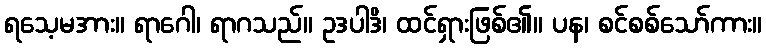
ရသေ့မအား။ ရာဂေါ၊ ရာဂသည်။ ဥဒပါဒိ၊ ထင်ရှားဖြစ်၏။ ပန၊ စင်စစ်သော်ကား။